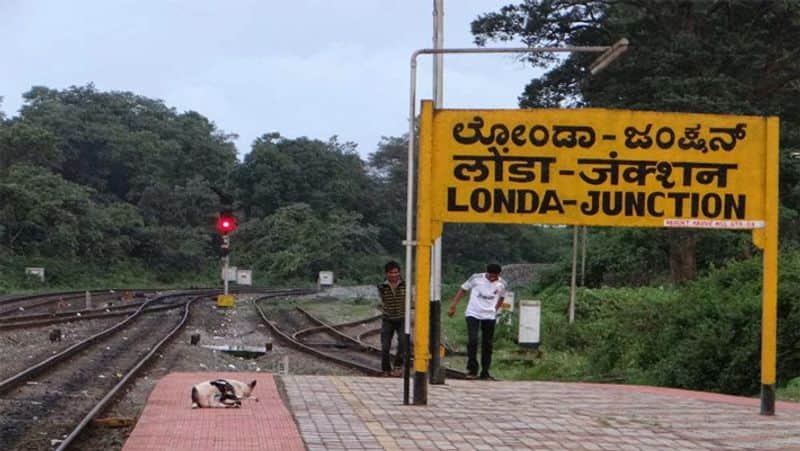
Language: kannada
Transcription: ಲೋಂಡಾ ಜoಕ್ಷನ್